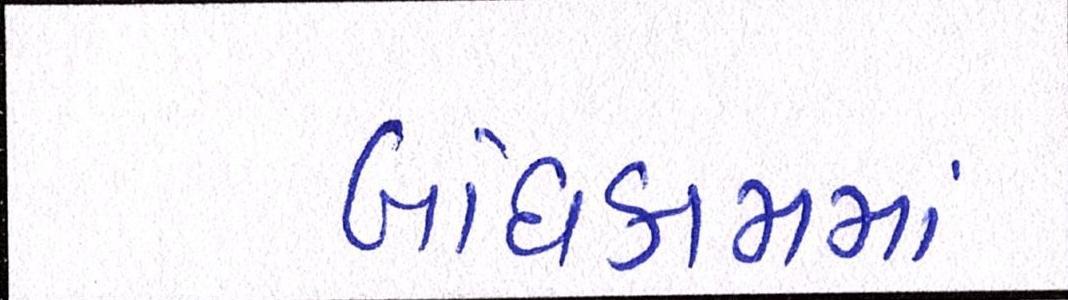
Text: બાંધકામમાં